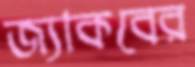
জ্যাকবের